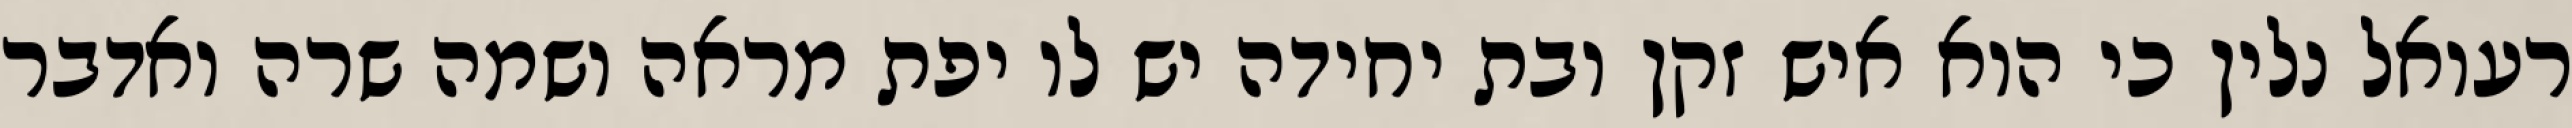
רעואל נלין כי הוא איש זקן ובת יחידה יש לו יפת מראה ושמה שרה ואדבר